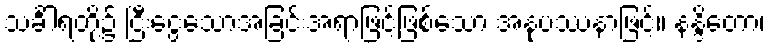
သင်္ခါရတို့၌ ငြီးငွေ့သောအခြင်းအရာဖြင့်ဖြစ်သော အနုပဿနာဖြင့်။ နန္ဒိတော၊